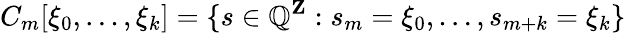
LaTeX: C_{m}[\xi_{0},\ldots,\xi_{k}]=\{ s\in\mathbb{Q}^{\mathbf{{Z}}}:s_{m}=\xi_{0},\ldots,s_{m+k}=\xi_{k}\}